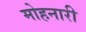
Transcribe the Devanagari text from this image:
मोहनारी